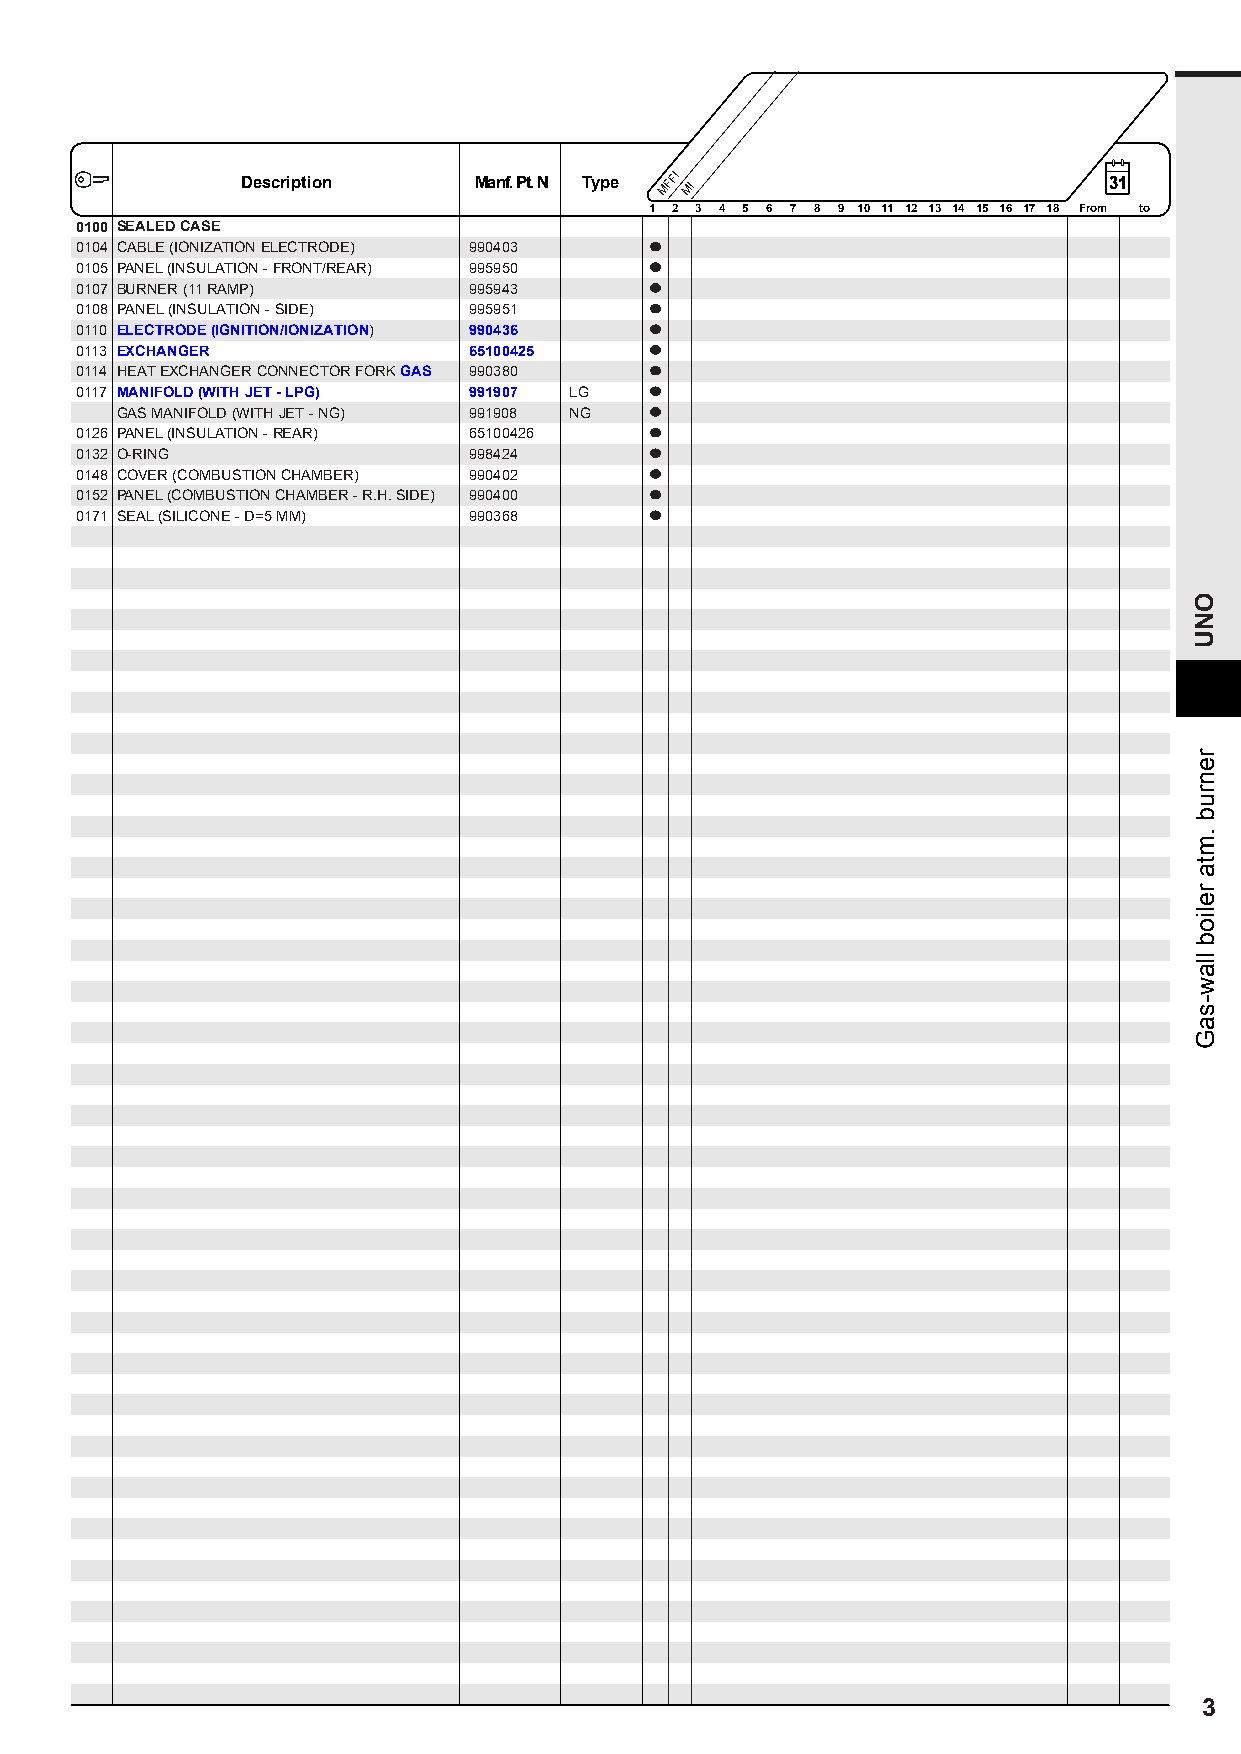
Description    Manf. Pt. N Type
 MFFI
 MI
 .1 2 3 4 5 6 7 8 9 10 11 12 13 14 15 16 17 18 From to
 0100 SEALED CASE                     .
 0104 CABLE (IONIZATION ELECTRODE) 990403 .
 0105 PANEL (INSULATION - FRONT/REAR) 995950 .
 0107 BURNER (11 RAMP)     995943     .
 0108 PANEL (INSULATION - SIDE) 995951 .
 0110 ELECTRODE (IGNITION/IONIZATION) 990436 .
 0113 EXCHANGER            65100425   .
 0114 HEAT EXCHANGER CONNECTOR FORK GAS 990380 .
 0117 MANIFOLD (WITH JET - LPG) 991907 LG .
 GAS MANIFOLD (WITH JET - NG) 991908 NG .
 0126 PANEL (INSULATION - REAR) 65100426 .
 0132 O-RING               998424     .
 0148 COVER (COMBUSTION CHAMBER) 990402 .
 0152 PANEL (COMBUSTION CHAMBER - R.H. SIDE) 990400
 0171 SEAL (SILICONE - D=5 MM) 990368
 3
 ONU
 renrub
 .mta
 reliob
 llaw-saG